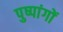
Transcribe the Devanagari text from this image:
पुष्पांगों